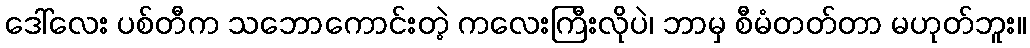
ဒေါ်လေး ပစ်တီက သဘောကောင်းတဲ့ ကလေးကြီးလိုပဲ၊ ဘာမှ စီမံတတ်တာ မဟုတ်ဘူး။